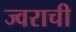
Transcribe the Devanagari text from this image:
ज्वराची